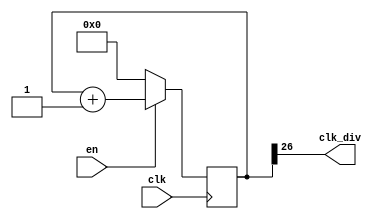
module clock_divider #(
    parameter n = 27
)(
    input wire  clk,
    input en,
    output wire clk_div  
);

    reg [n-1:0] num;
    wire [n-1:0] next_num;

    always @(posedge clk) begin
        if(en)
            num <= next_num;
        else
            num <= 0;
    end

    assign next_num = num + 1;
    assign clk_div = num[n-1];
endmodule